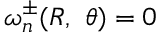
\omega _ { n } ^ { \pm } ( R , \ \theta ) = 0